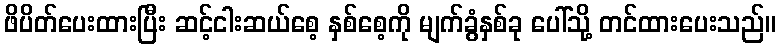
ဖိပိတ်ပေးထားပြီး ဆင့်ငါးဆယ်စေ့ နှစ်စေ့ကို မျက်ခွံနှစ်ခု ပေါ်သို့ တင်ထားပေးသည်။